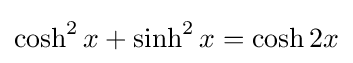
\cosh ^{2}x+\sinh ^{2}x=\cosh 2x